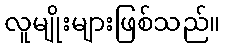
လူမျိုးများဖြစ်သည်။